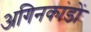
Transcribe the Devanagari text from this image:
अगिनकांडों